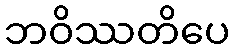
ဘဝိဿတိပေ